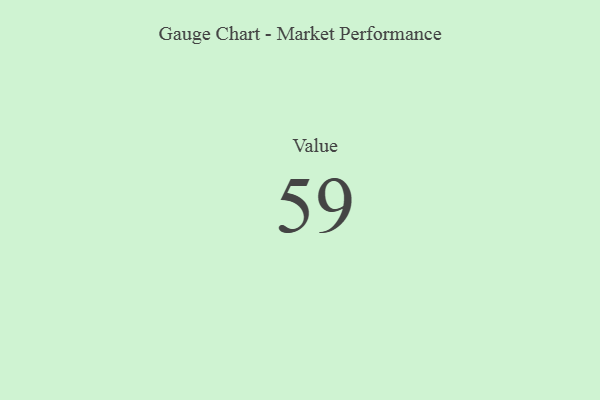
{"axis": {"x": "Metric", "y": "Value"}, "legend": [""], "data": [{"x": "Value", "y": 59, "type": ""}]}